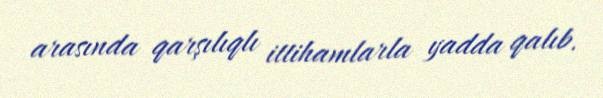
arasında qarşılıqlı ittihamlarla yadda qalıb.